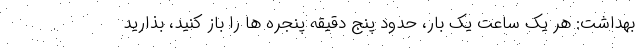
بهداشت: هر یک ساعت یک بار، حدود پنج دقیقه پنجره ها را باز کنید، بذارید